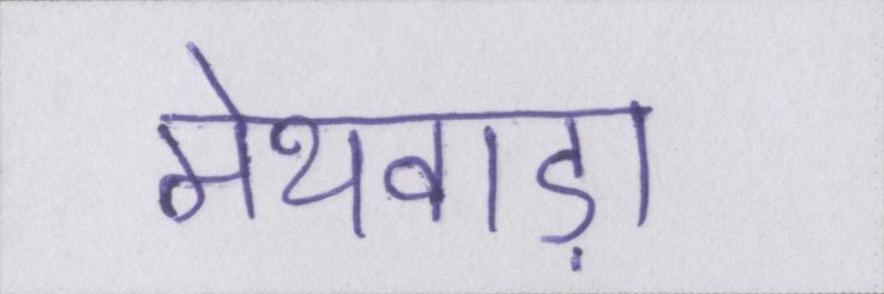
मेथवाड़ा